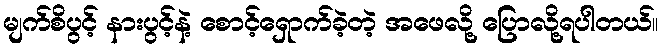
မျက်စိပွင့် နားပွင့်နဲ့ စောင့်ရှောက်ခဲ့တဲ့ အဖေလို့ ပြောလို့ရပါတယ်။